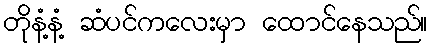
တိုနံ့နံ့ ဆံပင်ကလေးမှာ ထောင်နေသည်။